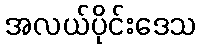
အလယ်ပိုင်းဒေသ